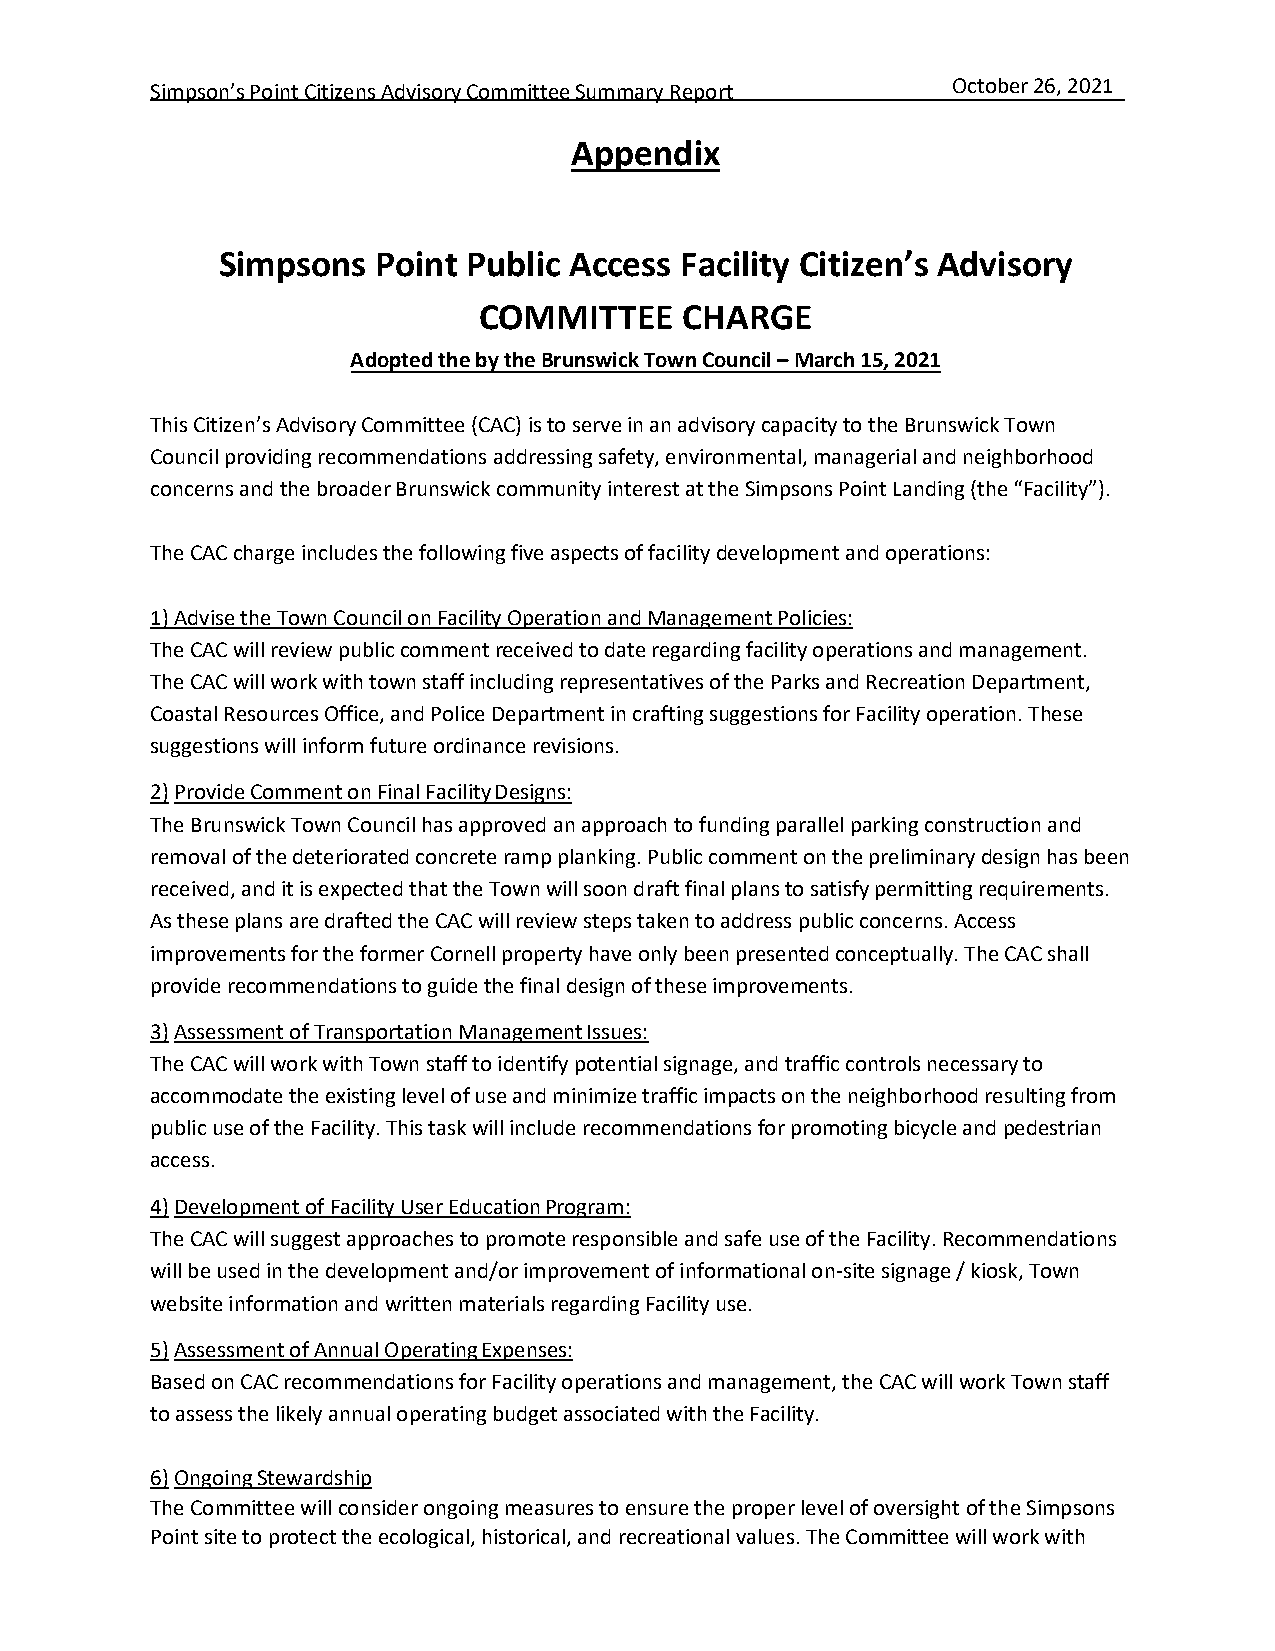
Simpson’s Point Citizens Advisory Committee Summary Report October 26, 2021
 Appendix
 Simpsons   Point Public Access Facility Citizen’s Advisory
 COMMITTEE    CHARGE
 Adopted the by the Brunswick Town Council – March 15, 2021
 This Citizen’s Advisory Committee (CAC) is to serve in an advisory capacity to the Brunswick Town
 Council providing recommendations addressing safety, environmental, managerial and neighborhood
 concerns and the broader Brunswick community interest at the Simpsons Point Landing (the “Facility”).
 The CAC charge includes the following five aspects of facility development and operations:
 1)Advise the Town Council on Facility Operation and Management Policies:
 The CAC will review public comment received to date regarding facility operations and management.
 The CAC will work with town staff including representatives of the Parks and Recreation Department,
 Coastal Resources Office, and Police Department in crafting suggestions for Facility operation. These
 suggestions will inform future ordinance revisions.
 2)Provide Comment on Final Facility Designs:
 The Brunswick Town Council has approved an approach to funding parallel parking construction and
 removal of the deteriorated concrete ramp planking. Public comment on the preliminary design has been
 received, and it is expected that the Town will soon draft final plans to satisfy permitting requirements.
 As these plans are drafted the CAC will review steps taken to address public concerns. Access
 improvements for the former Cornell property have only been presented conceptually. The CAC shall
 provide recommendations to guide the final design of these improvements.
 3)Assessment of Transportation Management Issues:
 The CAC will work with Town staff to identify potential signage, and traffic controls necessary to
 accommodate the existing level of use and minimize traffic impacts on the neighborhood resulting from
 public use of the Facility. This task will include recommendations for promoting bicycle and pedestrian
 access.
 4)Development of Facility User Education Program:
 The CAC will suggest approaches to promote responsible and safe use of the Facility. Recommendations
 will be used in the development and/or improvement of informational on-site signage / kiosk, Town
 website information and written materials regarding Facility use.
 5)Assessment of Annual Operating Expenses:
 Based on CAC recommendations for Facility operations and management, the CAC will work Town staff
 to assess the likely annual operating budget associated with the Facility.
 6)Ongoing Stewardship
 The Committee will consider ongoing measures to ensure the proper level of oversight of the Simpsons
 Point site to protect the ecological, historical, and recreational values. The Committee will work with